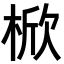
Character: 𣔙